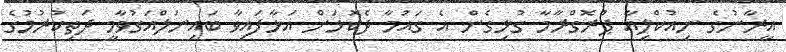
އީރާނުގެ ނިއުކްލިއާ ޕްރޮގްރާމާ ގުޅިގެން އެ ގައުމާ ދެކޮޅަށް އަޅާފައިވާ ބައިނަލްއަގުވާމީ ދަތިކުރުމުގެ